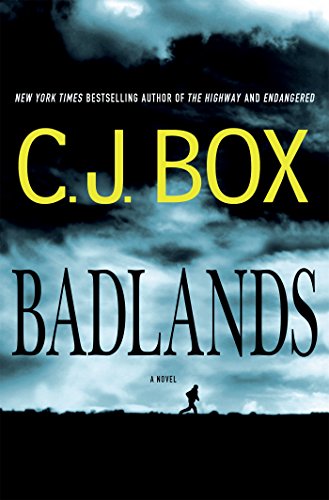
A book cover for Badlands; C. J. Box; Mystery, Thriller & Suspense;